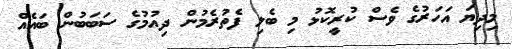
މިދިޔަ އަހަރުގެ ވެސް ކުރީކޮޅު މި ބެލި ފެތުރެމުން ދިއުމުގެ ސަބަބުން ބައެއް